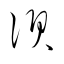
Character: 須